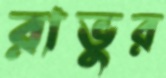
রাভুর